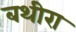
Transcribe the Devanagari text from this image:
बथीरा